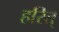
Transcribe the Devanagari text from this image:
हरित्‌